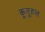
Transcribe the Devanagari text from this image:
कूतूहल